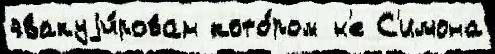
эвакуjи́рован кото́ром н'е С'имона